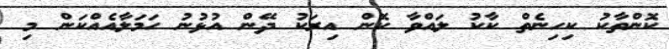
ކޮންތާކު ކިހިނެތް ކާކު ލައްވާ ކޮން އިރަކު ދޭން އުޅުނު ހަމަލާއެއްކަން މި